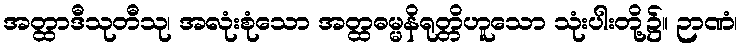
အတ္ထာဒီသုတီသု၊ အလုံးစုံသော အတ္ထဓမ္မနိရုတ္တိဟူသော သုံးပါးတို့၌။ ဉာဏံ၊